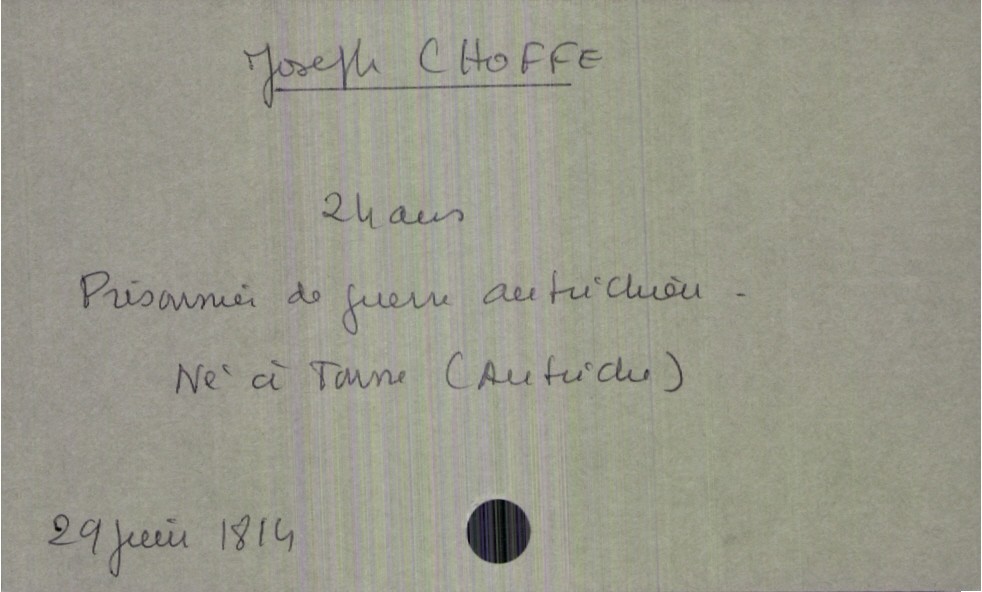
type_acte: Décès
année: 1814
mois: juin
jour: 29
défunt_nom: Choffe
défunt_prénom: Joseph
défunt_sexe: H
défunt_âge: 24 ans
défunt_profession: prisonnier de guerre autrichien
défunt_lieu_de_naissance: Trune (Autriche)